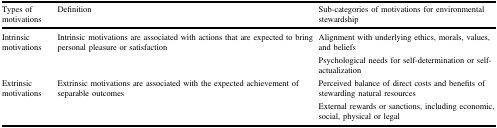
<table><thead><tr><td><b>Types of motivations</b></td><td><b>Definition</b></td><td><b>Sub-categories of motivations for environmental stewardship</b></td></tr></thead><tbody><tr><td rowspan="2">Intrinsic motivations</td><td rowspan="2">Intrinsic motivations are associated with actions that are expected to bring personal pleasure or satisfaction</td><td>Alignment with underlying ethics, morals, values, and beliefs</td></tr><tr><td>Psychological needs for self-determination or self-actualization</td></tr><tr><td rowspan="2">Extrinsic motivations</td><td rowspan="2">Extrinsic motivations are associated with the expected achievement of separable outcomes</td><td>Perceived balance of direct costs and benefits of stewarding natural resources</td></tr><tr><td>External rewards or sanctions, including economic, social, physical or legal</td></tr></tbody></table>